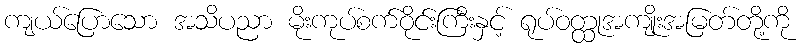
ကျယ်ပြောသော အသိပညာ မိုးကုပ်စက်ဝိုင်းကြီးနှင့် ရုပ်ဝတ္ထုအကျိုးအမြတ်တို့ကို